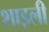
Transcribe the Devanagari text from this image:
शाइली